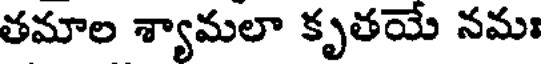
తమాల శ్యామలా కృతయే నమః